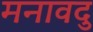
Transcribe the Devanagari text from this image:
मनावदु